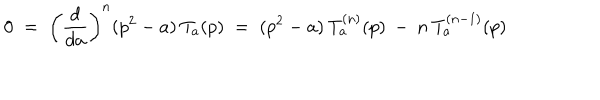
0 \; = \; \left( \frac { d } { d a } \right) ^ { n } ( p ^ { 2 } - a ) \: T _ { a } ( p ) \; = \; ( p ^ { 2 } - a ) \: T _ { a } ^ { ( n ) } ( p ) \: - \: n \: T _ { a } ^ { ( n - 1 ) } ( p )